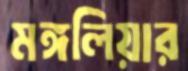
মঙ্গলিয়ার